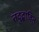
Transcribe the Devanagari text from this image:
तदुद्भावित